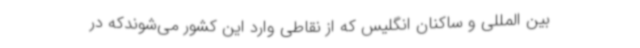
بین المللی و ساکنان انگلیس که از نقاطی وارد این کشور می‌شوندکه در